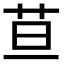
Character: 𦬹